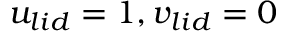
u _ { l i d } = 1 , v _ { l i d } = 0